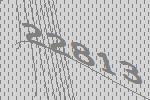
22813